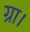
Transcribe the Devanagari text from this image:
ग्रा।